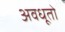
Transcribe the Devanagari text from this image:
अवधूतो